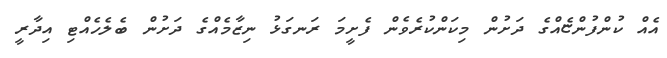
އެއް ކުންފުންޏެއްގެ ދަށުން މިކަންކުރެވެން ފެށީމަ ރަނގަޅު ނިޒާމެއްގެ ދަށުން ބެލެހެއްޓި އިދާރީ